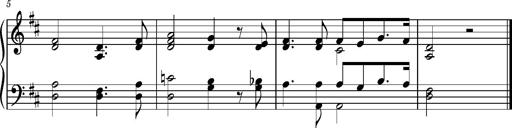
Title: Album-Leaf 'Weimar I', S.164h
Composer: Franz Liszt
Key: D major